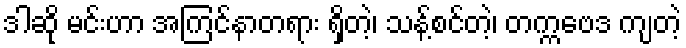
ဒါဆို မင်းဟာ အကြင်နာတရား ရှိတဲ့၊ သန့်စင်တဲ့၊ တက္ကဗေဒ ကျတဲ့